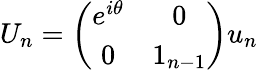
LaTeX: U_{n}=\left(\begin{array}{cc}{{e^{i\theta}}}&{{0}}\\ {{0}}&{{1_{n-1}}}\end{array}\right)u_{n}